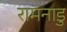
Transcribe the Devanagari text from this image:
रामनाडु